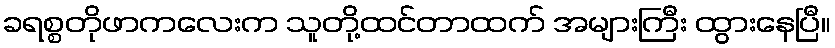
ခရစ္စတိုဖာကလေးက သူတို့ထင်တာထက် အများကြီး ထွားနေပြီ။